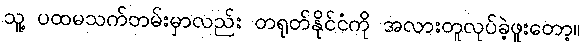
သူ့ ပထမသက်တမ်းမှာလည်း တရုတ်နိုင်ငံကို အလားတူလုပ်ခဲ့ဖူးတော့။